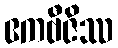
ဧကဗီဇိဿ